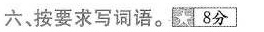
六、按要求写词语。8分